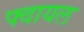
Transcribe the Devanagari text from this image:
फ्वायल